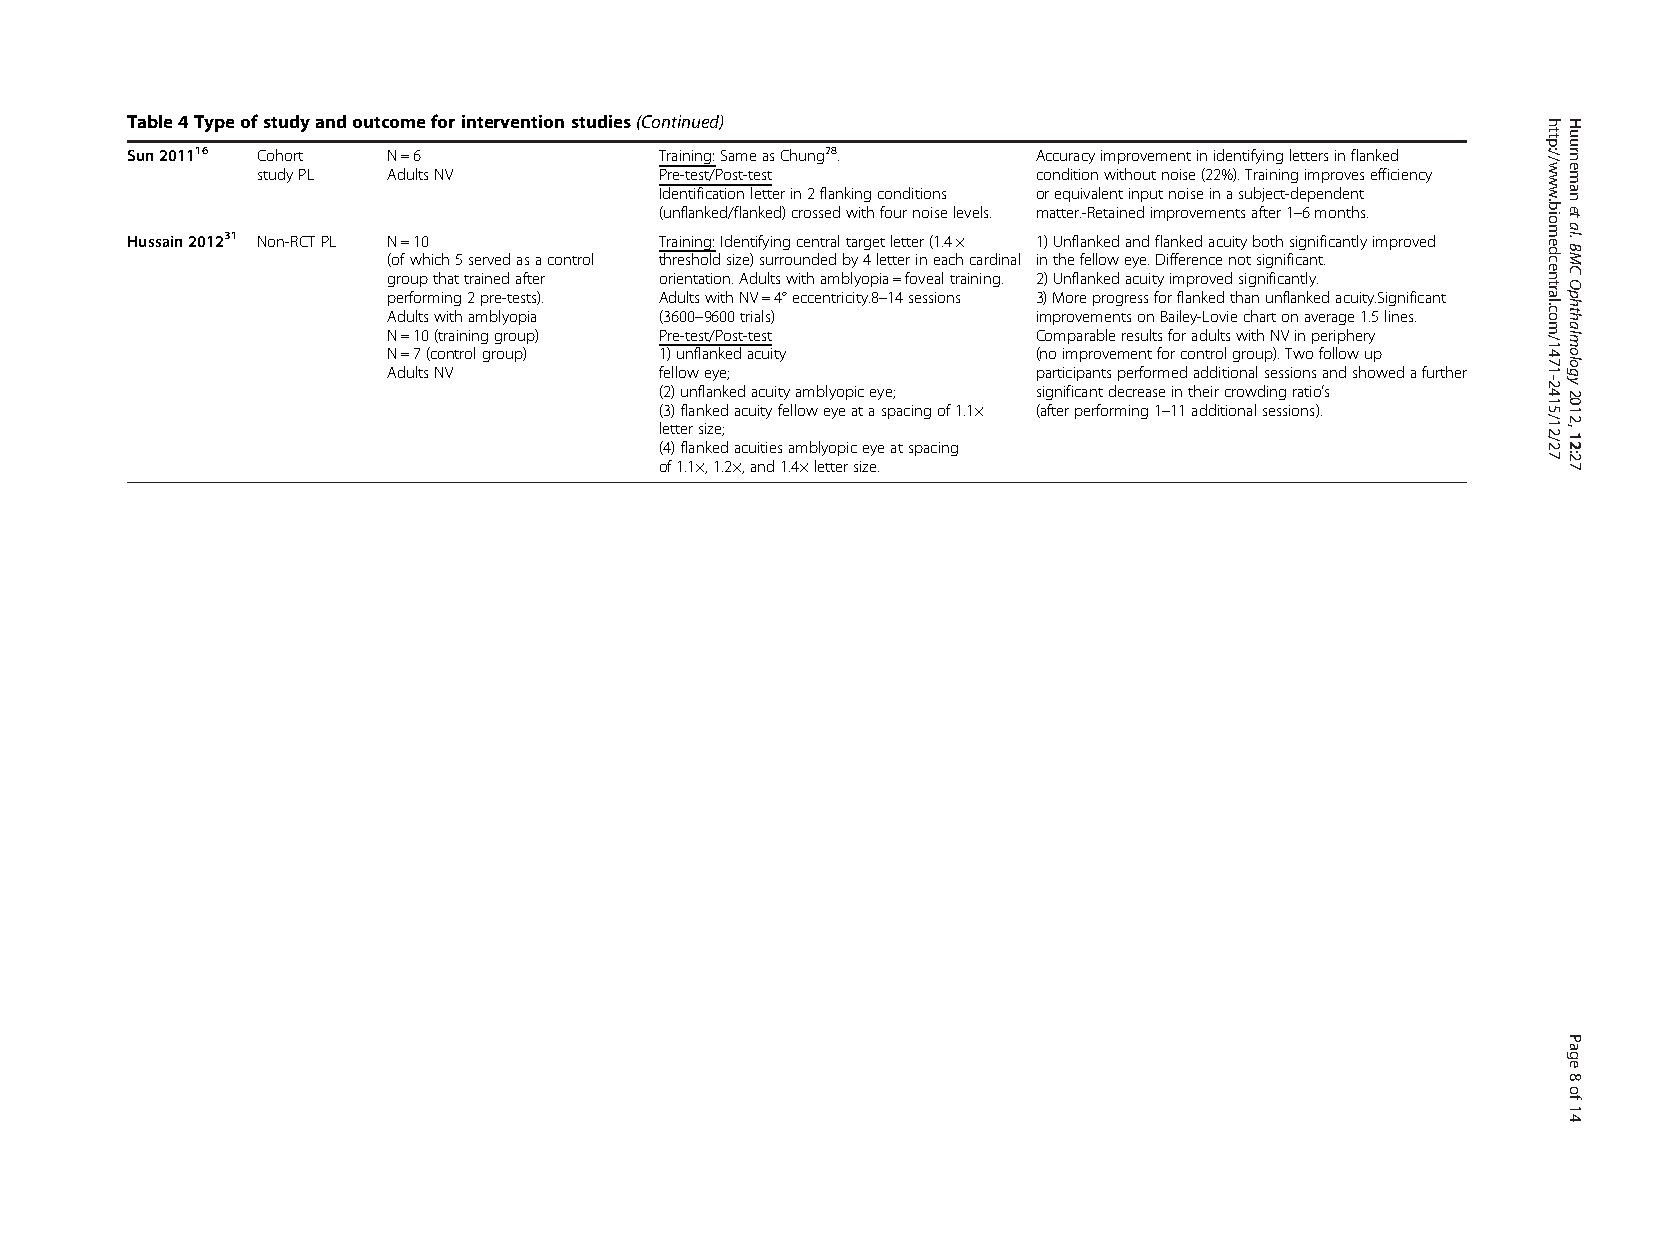
Table4Typeofstudyandoutcomeforinterventionstudies(Continued)
 Sun201116 Cohort  N=6               Training:SameasChung28.  Accuracyimprovementinidentifyinglettersinflanked
 studyPL  AdultsNV          Pre-test/Post-test       conditionwithoutnoise(22%).Trainingimprovesefficiency
 Identificationletterin2flankingconditions orequivalentinputnoiseinasubject-dependent
 (unflanked/flanked)crossedwithfournoiselevels. matter.-Retainedimprovementsafter1–6months.
 Hussain201231 Non-RCTPL N=10        Training:Identifyingcentraltargetletter(1.4× 1)Unflankedandflankedacuitybothsignificantlyimproved
 (ofwhich5servedasacontrol thresholdsize)surroundedby4letterineachcardinal inthefelloweye.Differencenotsignificant.
 groupthattrainedafter orientation.Adultswithamblyopia=fovealtraining. 2)Unflankedacuityimprovedsignificantly.
 performing2pre-tests). AdultswithNV=4°eccentricity.8–14sessions 3)Moreprogressforflankedthanunflankedacuity.Significant
 Adultswithamblyopia (3600–9600trials)      improvementsonBailey-Loviechartonaverage1.5lines.
 N=10(traininggroup) Pre-test/Post-test     ComparableresultsforadultswithNVinperiphery
 N=7(controlgroup) 1)unflankedacuity        (noimprovementforcontrolgroup).Twofollowup
 AdultsNV          felloweye;               participantsperformedadditionalsessionsandshowedafurther
 (2)unflankedacuityamblyopiceye; significantdecreaseintheircrowdingratio’s
 (3)flankedacuityfelloweyeataspacingof1.1× (afterperforming1–11additionalsessions).
 lettersize;
 (4)flankedacuitiesamblyopiceyeatspacing
 of1.1×,1.2×,and1.4×lettersize.
 http://www.biomedcentral.com/1471-2415/12/27 Huurnemanetal.BMCOphthalmology2012,12:27
 Page8of14